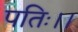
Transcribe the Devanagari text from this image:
पतिः।।